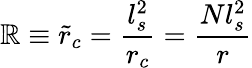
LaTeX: \mathbb{R}\equiv\tilde{{r}}_{c}=\frac{{l_{s}^{2}}}{{r_{c}}}=\frac{{Nl_{s}^{2}}}{{r}}